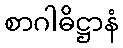
စာဂါဓိဋ္ဌာနံ